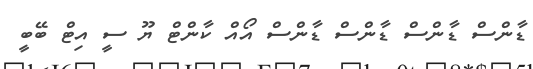
ޑާންސް ޑާންސް ޑާންސް ޑާންސް އޯއް ކާންޓް ޔޫ ސީ އިޓް ބޭބީ